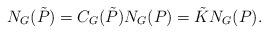
LaTeX: \begin{align*}N_{G}(\tilde{P}) = C_{G}(\tilde{P})N_{G}(P) = \tilde{K} N_{G}({P}). \end{align*}